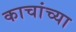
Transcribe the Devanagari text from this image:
काचांच्या